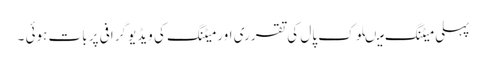
پہلی میٹنگ میںلوک پال کی تقرری اور میٹنگ کی ویڈیو گرافی پر بات ہوئی ۔